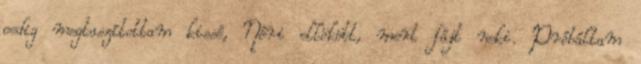
pedig megtaszítottam kissé, Nóri ellökött, mert fájt neki. Próbáltam